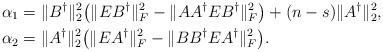
LaTeX: \begin{align*}&\alpha_{1}=\|B^{\dagger}\|_{2}^{2}\big(\|EB^{\dagger}\|_{F}^{2}-\|AA^{\dagger}EB^{\dagger}\|_{F}^{2}\big)+(n-s)\|A^{\dagger}\|_{2}^{2},\\&\alpha_{2}=\|A^{\dagger}\|_{2}^{2}\big(\|EA^{\dagger}\|_{F}^{2}-\|BB^{\dagger}EA^{\dagger}\|_{F}^{2}\big).\end{align*}